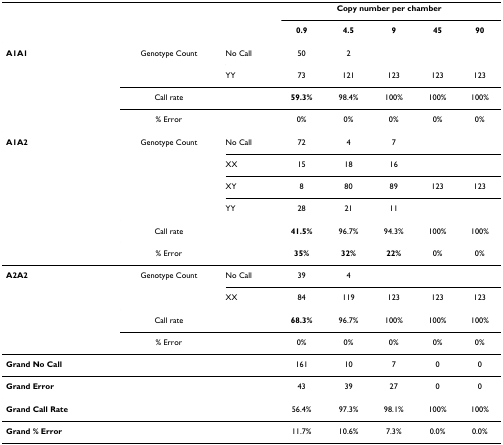
<table><thead><tr><td></td><td></td><td></td><td colspan="5"><b>Copy number per chamber</b></td></tr><tr><td></td><td></td><td></td><td><b>0.9</b></td><td><b>4.5</b></td><td><b>9</b></td><td><b>45</b></td><td><b>90</b></td></tr></thead><tbody><tr><td><b>A1A1</b></td><td>Genotype Count</td><td>No Call</td><td>50</td><td>2</td><td></td><td></td><td></td></tr><tr><td></td><td></td><td>YY</td><td>73</td><td>121</td><td>123</td><td>123</td><td>123</td></tr><tr><td></td><td>Call rate</td><td></td><td><b>59.3%</b></td><td>98.4%</td><td>100%</td><td>100%</td><td>100%</td></tr><tr><td></td><td>% Error</td><td></td><td>0%</td><td>0%</td><td>0%</td><td>0%</td><td>0%</td></tr><tr><td><b>A1A2</b></td><td>Genotype Count</td><td>No Call</td><td>72</td><td>4</td><td>7</td><td></td><td></td></tr><tr><td></td><td></td><td>XX</td><td>15</td><td>18</td><td>16</td><td></td><td></td></tr><tr><td></td><td></td><td>XY</td><td>8</td><td>80</td><td>89</td><td>123</td><td>123</td></tr><tr><td></td><td></td><td>YY</td><td>28</td><td>21</td><td>11</td><td></td><td></td></tr><tr><td></td><td>Call rate</td><td></td><td><b>41.5%</b></td><td>96.7%</td><td>94.3%</td><td>100%</td><td>100%</td></tr><tr><td></td><td>% Error</td><td></td><td><b>35%</b></td><td><b>32%</b></td><td><b>22%</b></td><td>0%</td><td>0%</td></tr><tr><td><b>A2A2</b></td><td>Genotype Count</td><td>No Call</td><td>39</td><td>4</td><td></td><td></td><td></td></tr><tr><td></td><td></td><td>XX</td><td>84</td><td>119</td><td>123</td><td>123</td><td>123</td></tr><tr><td></td><td>Call rate</td><td></td><td><b>68.3%</b></td><td>96.7%</td><td>100%</td><td>100%</td><td>100%</td></tr><tr><td></td><td>% Error</td><td></td><td>0%</td><td>0%</td><td>0%</td><td>0%</td><td>0%</td></tr><tr><td><b>Grand No Call</b></td><td></td><td></td><td>161</td><td>10</td><td>7</td><td>0</td><td>0</td></tr><tr><td><b>Grand Error</b></td><td></td><td></td><td>43</td><td>39</td><td>27</td><td>0</td><td>0</td></tr><tr><td><b>Grand Call Rate</b></td><td></td><td></td><td>56.4%</td><td>97.3%</td><td>98.1%</td><td>100%</td><td>100%</td></tr><tr><td><b>Grand % Error</b></td><td></td><td></td><td>11.7%</td><td>10.6%</td><td>7.3%</td><td>0.0%</td><td>0.0%</td></tr></tbody></table>